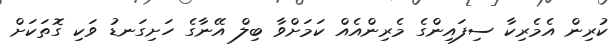
ކުރިން އެމެރިކާ ސިފައިންގެ މެރިންއެއް ކަމަށްވާ ބިލް އޭނާގެ ހަށިގަނޑު ވަކި ގޮތަކަށް